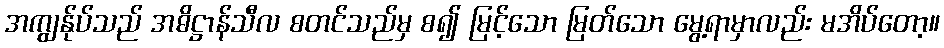
အကျွန်ုပ်သည် အဓိဋ္ဌာန်သီလ စတင်သည်မှ စ၍ မြင့်သော မြတ်သော မွေ့ရာမှာလည်း မအိပ်တော့။